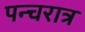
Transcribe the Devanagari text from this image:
पन्चरात्र